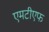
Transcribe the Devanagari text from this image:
एमटीएफ